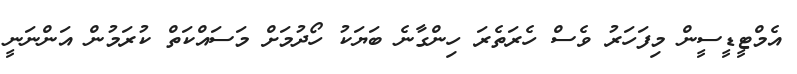
އެމްޓީޑީސީން މިފަހަރު ވެސް ހެރަތެރަ ހިންގާނެ ބަޔަކު ހޯދުމަށް މަސައްކަތް ކުރަމުން އަންނަނީ